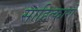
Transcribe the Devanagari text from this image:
साहित्कारों